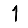
Digit: 1